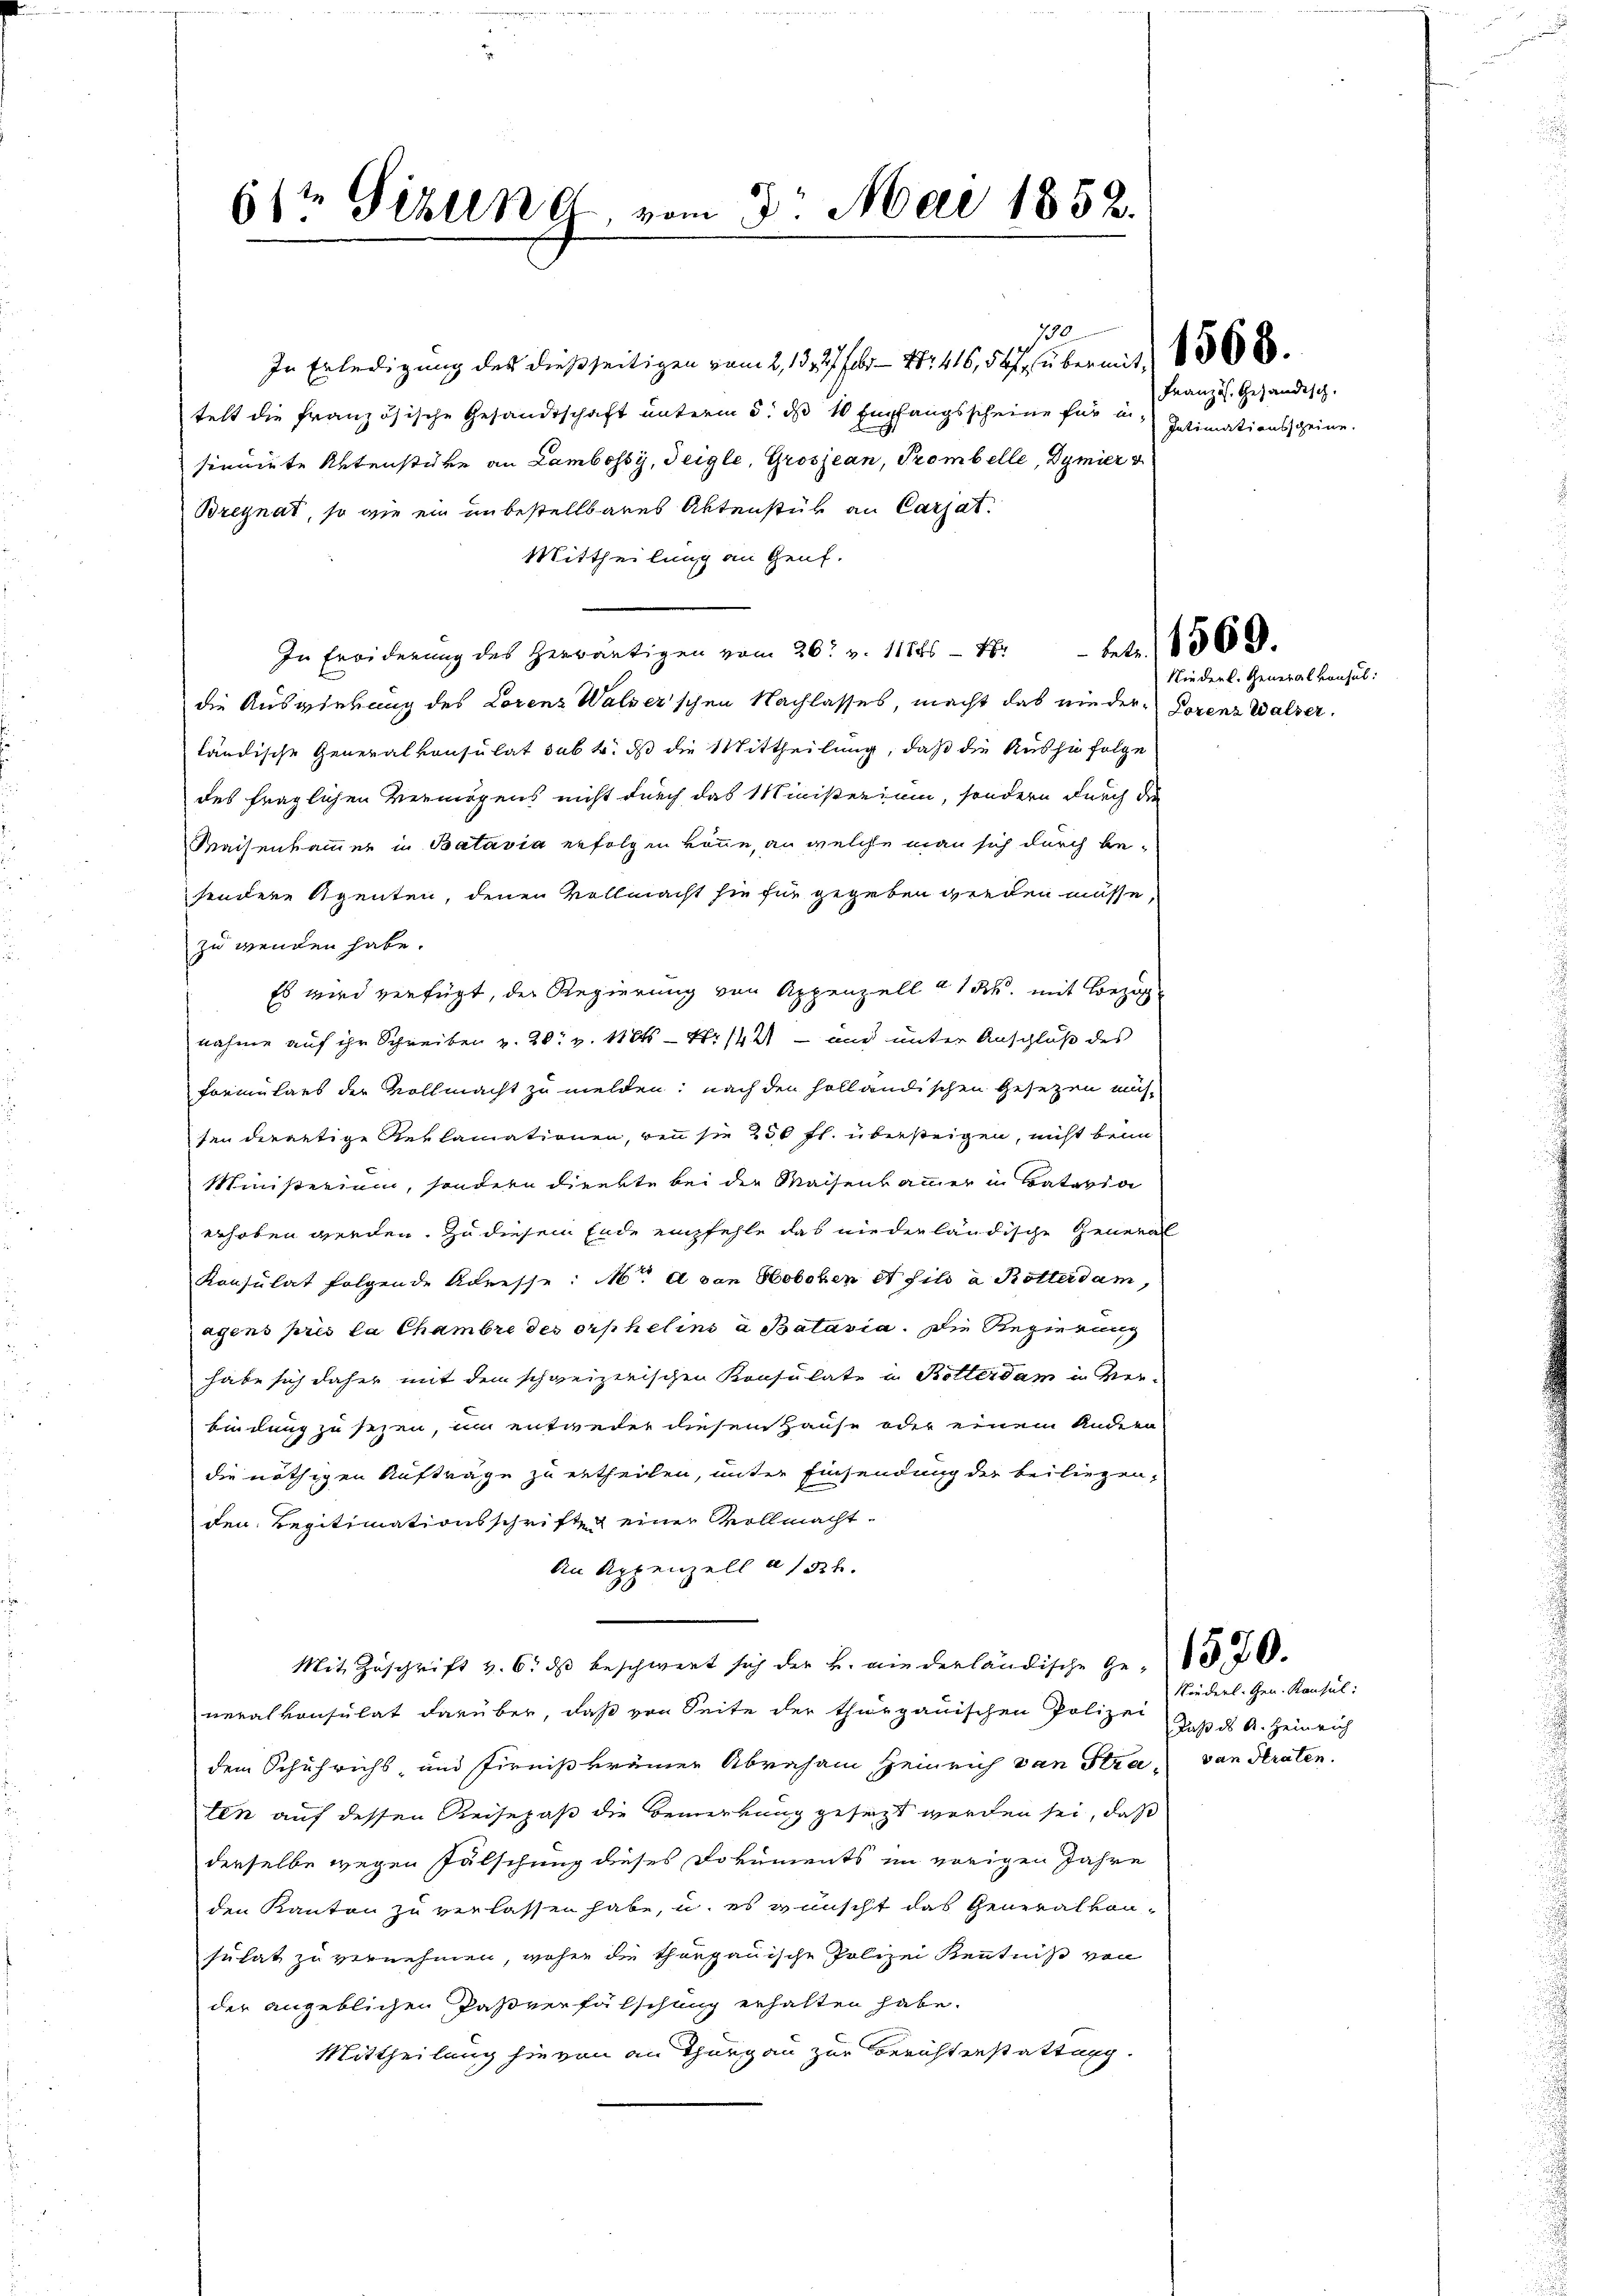
61t Gizlen, vom 3. Mai 1852.

l

In Erledigung des dießseitigen vom 2. 13. 277 f. 47. 416, 54, über mit 1368.
telt die französische Gesandtschaft unterm 5. ds 10 Empfangsscheine für in-
sinuirte Aktenstüke an Lambossy, Teigle, Grosjean, Trombelle, Dymier
Bregnat, so wie ein unbestellbares Aktenstük an Carjat.
Mittheilung an Genf.
In Erwiderung des herwärtigen vom 26t v. 11846 - 4. betr. 1562.
die Auswirkung des Lorenz Walser'schen Nachlasses, macht das nieder Dorenz Walser
ländische Generalkonsulat sub b. dß die Mittheilung, daß die Auszufolge
des fraglichen Vermögens nicht durch das Ministerium, sondern durch die
Kaisenkammer in Batavia erfolgen könne, an welche man sich durch besondere Agenten, denen Vollmacht sie für gegeben werden müsse,
zu wenden habe.
Es wird verfügt, der Regierung von Appenzell a/Rh. mit Bezi
nahme auf ihr Schreiben v. 20. v. 11 Kts. — Nr. 142 - und unter Anschluß des
Formulars der Vollmacht zu melden; nach den holländischen Gesezen müsten derartige Reklamationen, wenn sie 250 fl. übersteigen, nicht beim
Ministerium, sondern dienste bei die Maisenkammer in Bataria
erhoben werden. Zu diesem Ende empfehle das niederländische General
Konsulat folgende Adresse: Mt. a von Hoboben et fils a Rotterdam,
agens pris la Chambre des orphelins à Batavia. Die Regierung
habe sich daher mit dem schweizerischen Konsulate u Kollerdam in Ver-
bindung zu sezen, im entweder diesem Hause oder einem Andern
die nöthigen Aufträge zu ertheilen, unter Einsendung der beiliegen,
den Regitimationsschriften einer Vollmacht
An Appenzell a/524.
Mit Zuschrift v. 6. dβ beschwert sich der B. wiederländische Ge- 370.
neralkonsulat darüber, daß von Seite der thurgauischen Polizei, daß ds A. Heinrich
dem Schuhrichs, und firnißkrämer Abraham Heinrich von Stra, van Straten.
ten auf dessen Reisepaß die Bemerkung gesezt werden sei, daß
derselbe wegen Fälschung dieses Dokuments im vorigen Jahre
den Kanton zu verlassen habe, u. es wünscht das Generalkonsulat zu vernehmen, woher die thanpauische Polizei Kenntniß von
der angeblichen Paßverfälschung erhalten habe.
Mittheilung hievon an Thurgau zur Berichtenstattung.

Französ. Gehändisch.
Intimationsscheine.

Niederl. Generalkonsul:

Niederl. Gen. Konsul: